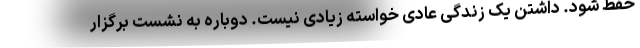
حفظ شود. ‌داشتن یک زندگی عادی خواسته زیادی نیست. دوباره به نشست برگزار